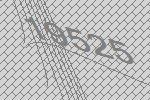
19525